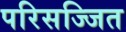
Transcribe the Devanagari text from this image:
परिसज्जित